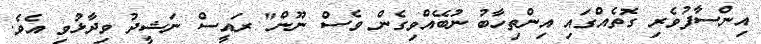
އިންސާފުވެރި ގޮތެއްގައި އިންތިހާބު ނުބޭއްވިގެން ވެސް ނޫން" ރައީސް ނަޝީދު ވިދާޅުވި އެވެ.